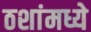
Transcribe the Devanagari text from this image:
ठशांमध्ये